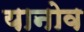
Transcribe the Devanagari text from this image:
यानोव